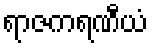
ရာဇကရဏီယံ